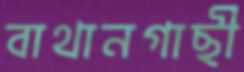
বাথানগাছী